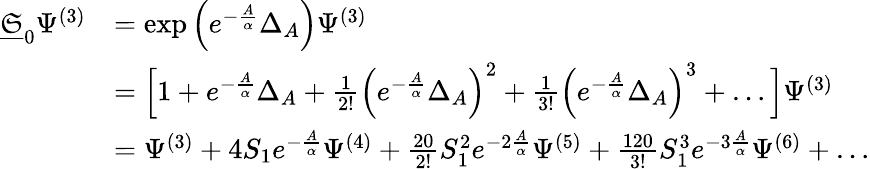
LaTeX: \begin{array}{rl}{\underline{{\mathfrak{S}}}_{0}\Psi^{(3)}}&{=\exp\Big(e^{-\frac{A}{\alpha}}\Delta_{A}\Big)\Psi^{(3)}}\\ &{=\Big[1+e^{-\frac{A}{\alpha}}\Delta_{A}+\frac{1}{2!}\Big(e^{-\frac{A}{\alpha}}\Delta_{A}\Big)^{2}+\frac{1}{3!}\Big(e^{-\frac{A}{\alpha}}\Delta_{A}\Big)^{3}+\ldots\Big]\Psi^{(3)}}\\ &{=\Psi^{(3)}+4S_{1}e^{-\frac{A}{\alpha}}\Psi^{(4)}+\frac{20}{2!}S_{1}^{2}e^{-2\frac{A}{\alpha}}\Psi^{(5)}+\frac{120}{3!}S_{1}^{3}e^{-3\frac{A}{\alpha}}\Psi^{(6)}+\ldots}\end{array}